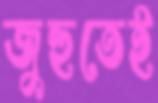
জুহুতেই